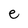
Character: e